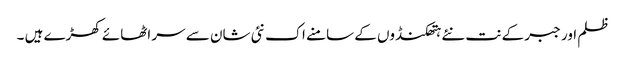
ظلم اور جبر کے نت نئے ہتھکنڈوں کے سامنے اک نئی شان سے سر اٹھائے کھڑے ہیں ۔